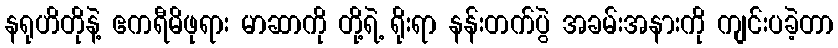
နရုဟိတိုနဲ့ ဧကရီမိဖုရား မာဆာကို တို့ရဲ့ ရိုးရာ နန်းတက်ပွဲ အခမ်းအနားကို ကျင်းပခဲ့တာ